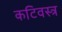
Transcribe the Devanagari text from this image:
कटिवस्त्र